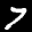
Label: 7